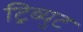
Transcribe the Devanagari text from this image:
ट्रिब्युट